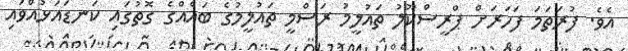
އެވެ. ފުރަތަމަ ފަހަރަށް ޕްރީސްކޫލު ތައުލީމު ރަސްމީ ތައުލީމުގެ ބައެއްގެ ގޮތުގައި ކަނޑައަޅުއްވައި